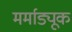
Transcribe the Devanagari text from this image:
मर्माड्यूक